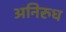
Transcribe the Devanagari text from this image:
अनिरुध